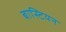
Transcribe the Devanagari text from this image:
बास्टियन